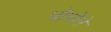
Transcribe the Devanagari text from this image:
पोत्रोने